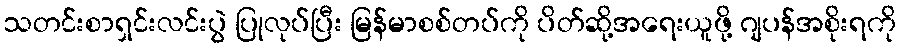
သတင်းစာရှင်းလင်းပွဲ ပြုလုပ်ပြီး မြန်မာစစ်တပ်ကို ပိတ်ဆို့အရေးယူဖို့ ဂျပန်အစိုးရကို